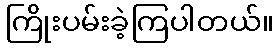
ကြိုးပမ်းခဲ့ကြပါတယ်။